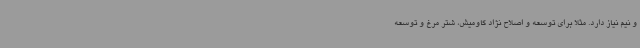
و نیم نیاز دارد. مثلا برای توسعه و اصلاح نژاد گاومیش، شتر مرغ و توسعه